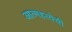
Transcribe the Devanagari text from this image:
आत्महत्येची